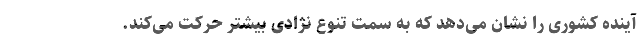
آینده کشوری را نشان می‌دهد که به سمت تنوع نژادی بیشتر حرکت می‌کند.